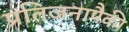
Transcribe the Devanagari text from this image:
प्रतिजनापैकी